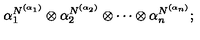
\alpha _ { 1 } ^ { N ^ { ( \alpha _ { 1 } ) } } \otimes \alpha _ { 2 } ^ { N ^ { ( \alpha _ { 2 } ) } } \otimes \cdots \otimes \alpha _ { n } ^ { N ^ { ( \alpha _ { n } ) } } ;